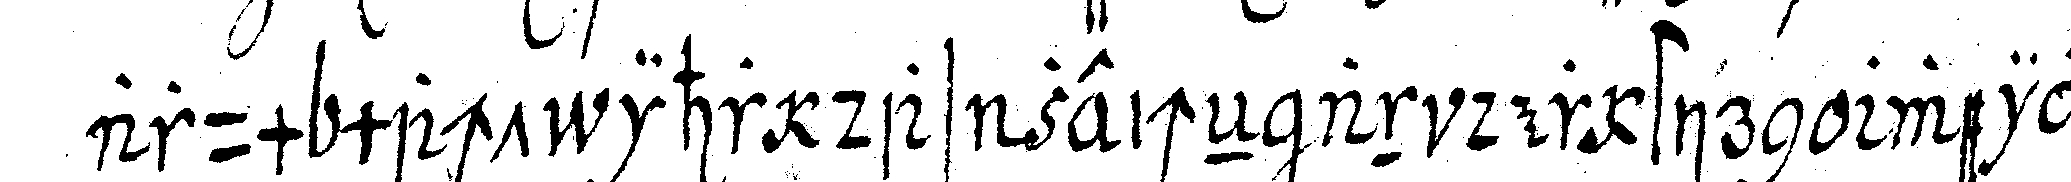
arum macht ihr das zeicheN an der stirn weil